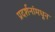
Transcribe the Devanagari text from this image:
प्रदर्शनांमधून